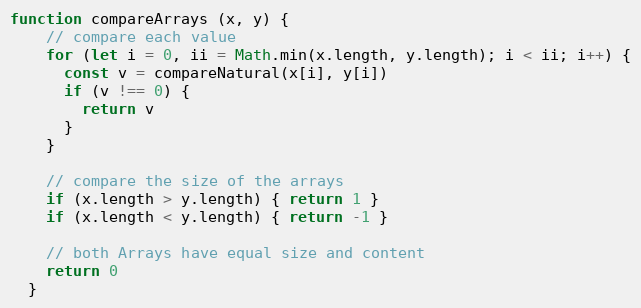
Language: JavaScript
function compareArrays (x, y) {
    // compare each value
    for (let i = 0, ii = Math.min(x.length, y.length); i < ii; i++) {
      const v = compareNatural(x[i], y[i])
      if (v !== 0) {
        return v
      }
    }

    // compare the size of the arrays
    if (x.length > y.length) { return 1 }
    if (x.length < y.length) { return -1 }

    // both Arrays have equal size and content
    return 0
  }